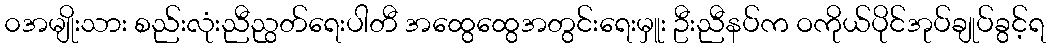
၀အမျိုးသား စည်းလုံးညီညွတ်ရေးပါတီ အထွေထွေအတွင်းရေးမှူး ဦးညီနပ်က ဝကိုယ်ပိုင်အုပ်ချုပ်ခွင့်ရ